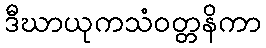
ဒီဃာယုကသံဝတ္တနိကာ